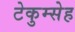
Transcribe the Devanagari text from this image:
टेकुम्सेह